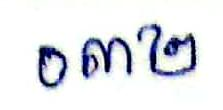
០៣២